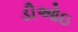
ડીઓઇ